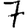
Digit: 7